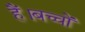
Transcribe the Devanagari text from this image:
हैं।बच्चों